Indian journal of veterinary science and animal husbandry - Volumes 15-17, 1948-1951
Year: 1948
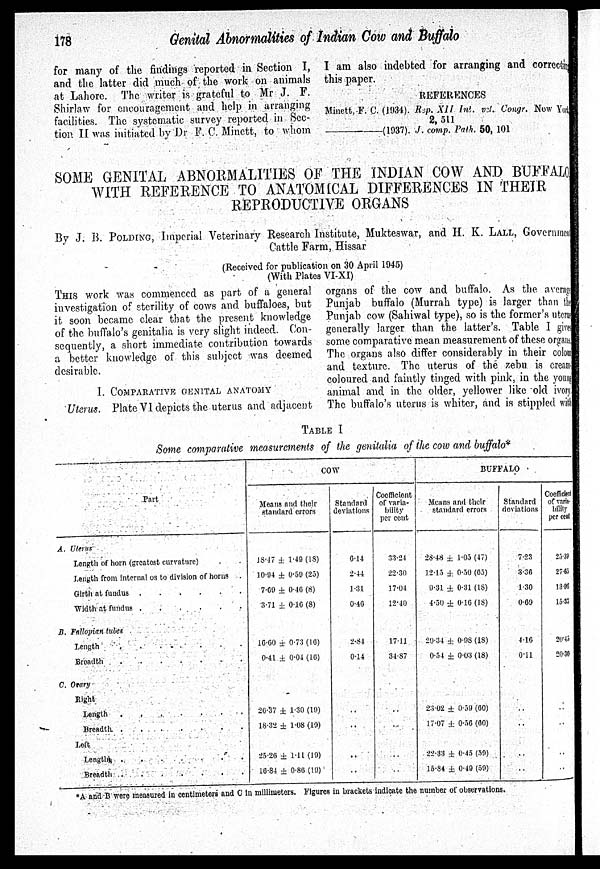
178
Genital Abnormalities of Indian Cow and Buffalo
for many of the findings reported in Section I,
and the latter did much of the work on animals
at Lahore. The writer is grateful to Mr J. F.
Shirlaw for encouragement and help in arranging
facilities. The systematic survey reported in Sec-
tion II was initiated by Dr F. C. Minett, to whom
I am also indebted for arranging and correcting
this paper.
REFERENCES
Minett, F. C. (1934). Rep. XII Int. vet. Congr. Now York
2, 511
-(1937).
J. comp. Path. 50, 101
SOME GENITAL ABNORMALITIES OF THE INDIAN COW AND BUFFALO
WITH REFERENCE TO ANATOMICAL DIFFERENCES IN THEIR
REPRODUCTIVE ORGANS
By J. B. POLDING, Imperial Veterinary Research Institute, Mukteswar, and H. K. LALL, Government
Cattle Farm, Hissar
(Received for publication on 30 April 1945)
(With Plates VI-XI)
THIS work was commenced as part of a general
investigation of sterility of cows and buffaloes, but
it soon became clear that the present knowledge
of the buffalo's genitalia is very slight indeed. Con-
sequently, a short immediate contribution towards
a better knowledge of this subject was deemed
desirable.
I. COMPARATIVE GENITAL ANATOMY
Uterus. Plate VI depicts the uterus and adjacent
organs of the cow and buffalo. As the average
Punjab buffalo (Murrah type) is larger than the
Punjab cow (Sahiwal type), so is the former's uterus
generally larger than the latter's. Table I gi ves
some comparative mean measurement of these organs
The organs also differ considerably in their coloum
and texture. The uterus of the zebu is cream-
coloured and faintly tinged with pink, in the young
animal and in the older, yellower like old ivory.
The buffalo's uterus is whiter, and is stippled with
TABLE I
Some comparative measurements of the genitalia of the cow and buffalo*
Part
A. Ulerus
Length of horn (greatest curvature)
Length from internal os to division of horns .
Girth at fundus
Width at fundus
B. Fallopian tubes
Length
.
.
...
Breadth
C. Otary
Right
Length
.
Breadth
Left
Length
.......
Breadth ......
COW
Means and their
standard errors
18.17 ± 1.49 (18)
10.94 ± 0.59 (25)
7.69 ± 0.46 (8)
3.71 ± 0.16 (8)
16.60 ± 0.73 (16)
0.41 ± 0.04 (16)
26.37 ± 1.30 (19)
18.32 ± 1.08 (19)
25.20 ± 1.11 (19)
16.84 ± 0.86 (19)
Standard
deviations
6.14
2.44
1.31
0.40
2.84
0.14
..
..
..
..
Coefficient
of varia-
bility
per cent
33.24
22.30
17.04
12.40
17.11
34.87
..
..
...
..
BUFFALO
Means and their
standard errors
28.48 ± 1.05 (47)
12.15 ± 0.50 (05)
0.31 ± 0.31 (18)
4.50 ± 0.16 (18)
20.34 ± 0.98 (18)
0.54 ± 0.03 (18)
23.02 ± 0.59 (60)
17.07 ± 0.56 (60)
22.33 ± 0.45 (59)
15.84 ± 0.49 (59)
Standard
deviations
7.23
3.36
1.30
0.69
4.16
0.11
..
..
...
..
Coefficient
of varia-
bility
per cent
25.38
27.65
13.96
15.33
20.45
20.30
..
..
..
..
*A and B were ineasured in centimeters and C in millimeters. Figures in brackets indicate the number of observations.